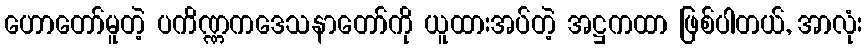
ဟောတော်မူတဲ့ ပကိဏ္ဏကဒေသနာတော်ကို ယူထားအပ်တဲ့ အဋ္ဌကထာ ဖြစ်ပါတယ်, အာလုံး